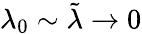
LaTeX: \lambda_{0}\sim\tilde{\lambda}\to 0